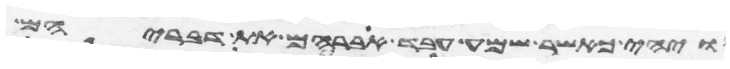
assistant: ויהי כאשר שמע עבד אברהם את דבריהם